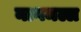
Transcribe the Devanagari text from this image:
नागमल्ल